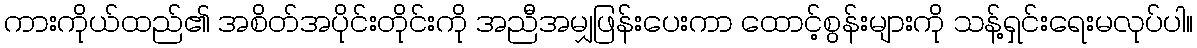
ကားကိုယ်ထည်၏ အစိတ်အပိုင်းတိုင်းကို အညီအမျှဖြန်းပေးကာ ထောင့်စွန်းများကို သန့်ရှင်းရေးမလုပ်ပါ။